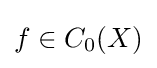
f\in C_{0}(X)